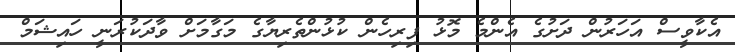
އެކާވީސް އަހަރުން ދަށުގެ އެންމެ މޮޅު ފިރިހެން ކުޅުންތެރިޔާގެ މަގާމަށް ވާދަކުރަނީ ހައިޝަމް